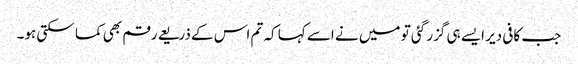
جب کافی دیر ایسے ہی گزر گئی تو میں نے اسے کہا کہ تم اس کے ذریعے رقم بھی کما سکتی ہو۔